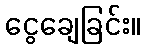
ငွေချေခြင်း။